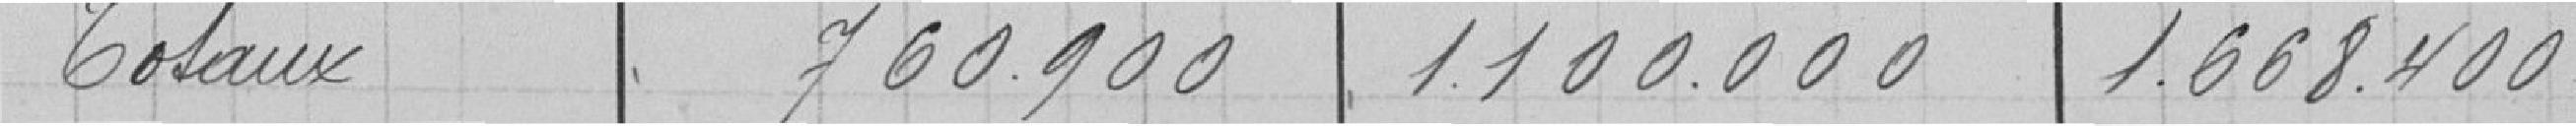
Totaux               760.900            1.100.000              1.668.400